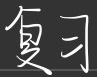
复习